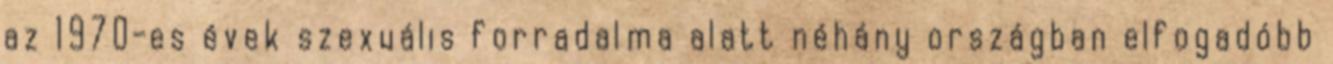
az 1970-es évek szexuális forradalma alatt néhány országban elfogadóbb